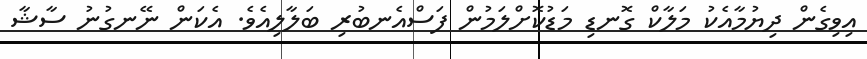
އިވިގެން ދިޔުމާއެކު މަލާކް ގޮނޑި މަޑުކޮށްލަމުން ފަސްއެނބުރި ބަލާލިއެވެ. އެކަން ނޭނގުނު ސާޝާ